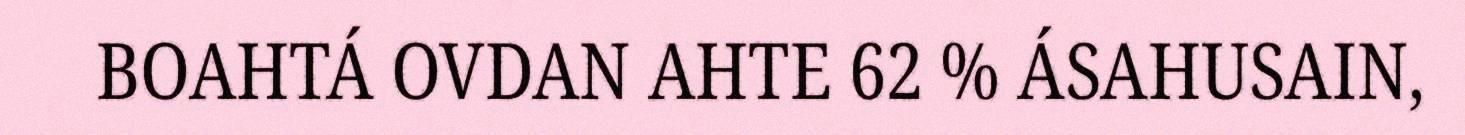
BOAHTÁ OVDAN AHTE 62 % ÁSAHUSAIN,